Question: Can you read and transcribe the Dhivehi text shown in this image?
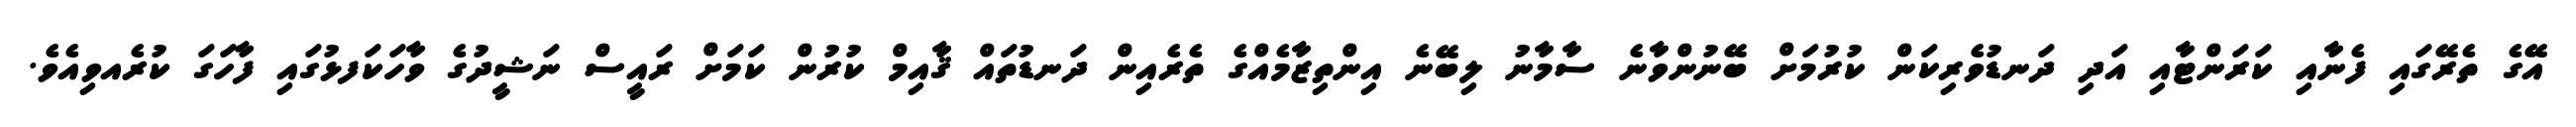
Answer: އޭގެ ތެރޭގައި ފެނާއި ކަރަންޓާއި އަދި ދަނޑުވެރިކަން ކުރުމަށް ބޭނުންވާނެ ސާމާނު ލިބޭނެ އިންތިޒާމެއްގެ ތެރެއިން ދަނޑުތައް ޤާއިމް ކުރުން ކަމަށް ރައީސް ނަޝީދުގެ ވާހަކަފޅުގައި ފާހަގަ ކުރެއވިއެވެ.